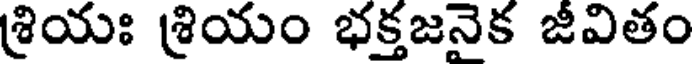
శ్రియః శ్రియం భక్తజనెక జీవితం